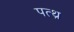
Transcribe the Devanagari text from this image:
पत्थ्र